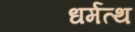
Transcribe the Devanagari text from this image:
धर्मत्थ